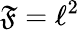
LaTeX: \mathfrak{F}=\ell^{2}